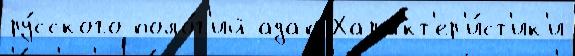
ру́сского поло́г'ий адап Характ'ер'и́ст'ик'и